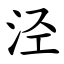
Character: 泾